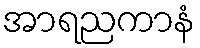
အာရညကာနံ